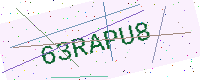
Text: 63RAPU8